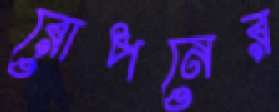
রোপনের